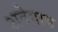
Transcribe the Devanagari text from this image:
अदेगाव